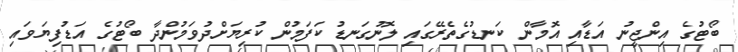
ބޯޓުގެ އިންޖީނު އަޑާއި އޮމާން ކަނޑުގެތެރޭގައި ލޮނުގަނޑު ކަފަމުން ކުރިޔަށްދުވަމުންދާ ބޯޓުގެ އަޑުފިޔަވައި